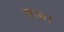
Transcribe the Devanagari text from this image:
ताम्र।